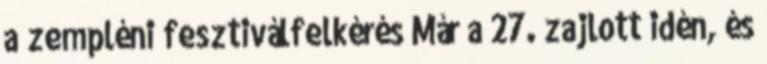
a zempléni fesztiválfelkérés Már a 27. zajlott idén, és